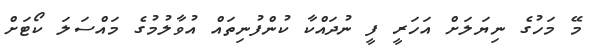
މޭ މަހުގެ ނިޔަލަށް އަހަރީ ފީ ނުދައްކާ ކުންފުނިތައް އުވާލުމުގެ މައްސަލަ ކޯޓަށް